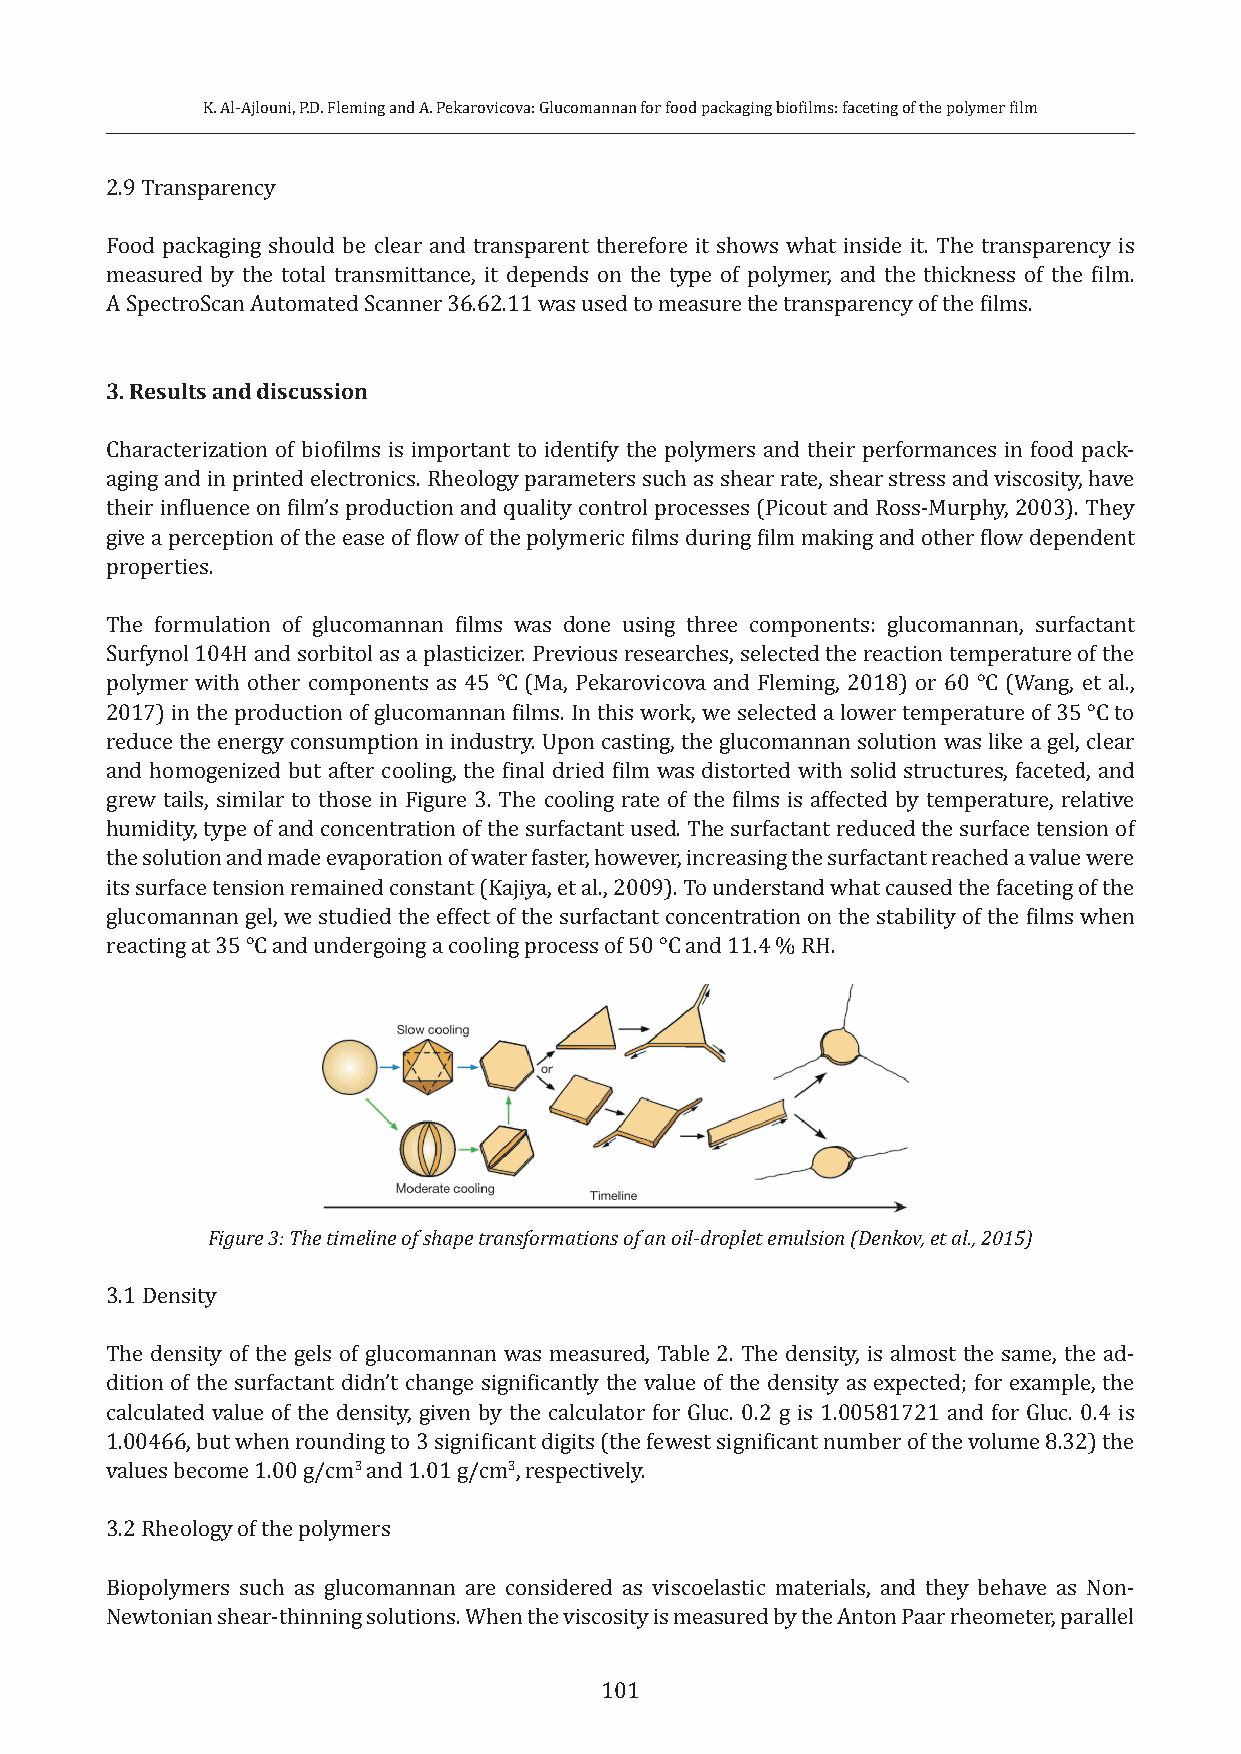
K. Al-Ajlouni, P.D. Fleming and A. Pekarovicova: Glucomannan for food packaging biofilms: faceting of the polymer film
 2.9 Transparency
 Food packaging should be clear and transparent therefore it shows what inside it. The transparency is
 measured by the total transmittance, it depends on the type of polymer, and the thickness of the film.
 A SpectroScan Automated Scanner 36.62.11 was used to measure the transparency of the films.
 3. Results and discussion
 Characterization of biofilms is important to identify the polymers and their performances in food pack-
 aging and in printed electronics. Rheology parameters such as shear rate, shear stress and viscosity, have
 their influence on film’s production and quality control processes (Picout and Ross-Murphy, 2003). They
 give a perception of the ease of flow of the polymeric films during film making and other flow dependent
 properties.
 The formulation of glucomannan films was done using three components: glucomannan, surfactant
 Surfynol 104H and sorbitol as a plasticizer. Previous researches, selected the reaction temperature of the
 polymer with other components as 45 °C (Ma, Pekarovicova and Fleming, 2018) or 60 °C (Wang, et al.,
 2017) in the production of glucomannan films. In this work, we selected a lower temperature of 35 °C to
 reduce the energy consumption in industry. Upon casting, the glucomannan solution was like a gel, clear
 and homogenized but after cooling, the final dried film was distorted with solid structures, faceted, and
 grew tails, similar to those in Figure 3. The cooling rate of the films is affected by temperature, relative
 humidity, type of and concentration of the surfactant used. The surfactant reduced the surface tension of
 the solution and made evaporation of water faster, however, increasing the surfactant reached a value were
 its surface tension remained constant (Kajiya, et al., 2009). To understand what caused the faceting of the
 glucomannan gel, we studied the effect of the surfactant concentration on the stability of the films when
 reacting at 35 °C and undergoing a cooling process of 50 °C and 11.4 % RH.
 Figure 3: The timeline of shape transformations of an oil-droplet emulsion (Denkov, et al., 2015)
 3.1 Density
 The density of the gels of glucomannan was measured, Table 2. The density, is almost the same, the ad-
 dition of the surfactant didn’t change significantly the value of the density as expected; for example, the
 calculated value of the density, given by the calculator for Gluc. 0.2 g is 1.00581721 and for Gluc. 0.4 is
 1.00466, but when rounding to 3 significant digits (the fewest significant number of the volume 8.32) the
 values become 1.00 g/cm3 and 1.01 g/cm3, respectively.
 3.2 Rheology of the polymers
 Biopolymers such as glucomannan are considered as viscoelastic materials, and they behave as Non-
 Newtonian shear-thinning solutions. When the viscosity is measured by the Anton Paar rheometer, parallel
 101